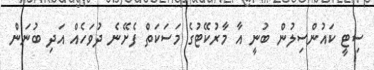
ސިޓީ ކައުންސިލުން ބުނީ އާ މާރުކޭޓުގެ މަސަކަތް ފެށޭނެ ދުވަހެއް އަދި ބުނަން